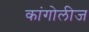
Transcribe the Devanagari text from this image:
कांगोलीज